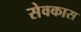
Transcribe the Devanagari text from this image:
सेवकास